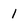
Character: l